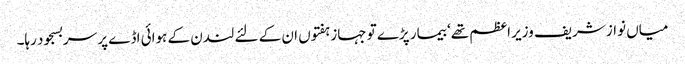
میاں نواز شریف وزیر اعظم تھے‘ بیمار پڑے تو جہاز ہفتوں ان کے لئے لندن کے ہوائی اڈے پر سربسجود رہا۔